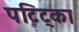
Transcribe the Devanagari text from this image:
पटिट्का